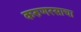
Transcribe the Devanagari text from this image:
करुणरसाचा